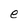
Character: e